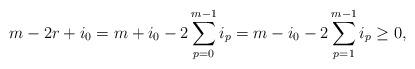
LaTeX: \begin{align*}m-2r+i_0&=m+i_0-2\sum_{p=0}^{m-1}i_p=m-i_0-2\sum_{p=1}^{m-1}i_p\ge 0,\end{align*}